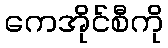
ကေအိုင်စီကို